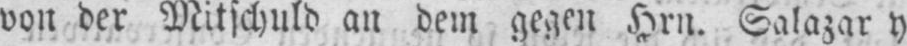
von der Mitschuld an dem gegen Hrn. Salazar y